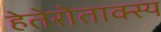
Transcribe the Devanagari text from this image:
हेतेरोताक्स्य